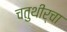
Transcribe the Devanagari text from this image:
चतुथीर्चा